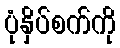
ပုံနှိပ်စက်ကို